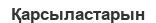
Қарсыластарын